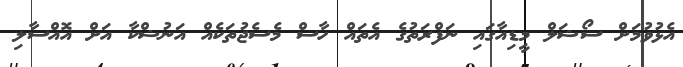
އެޅުވުމަށް ސޯޝަލް މީޑިއާގައި ނަފްރަތުގެ އެތައް ހާސް މެސެޖުތަކެއް އަނުޝްކާ އަށް އޮއްސާލި